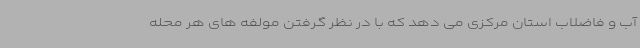
آب و فاضلاب استان مرکزی می دهد که با در نظر گرفتن مولفه های هر محله